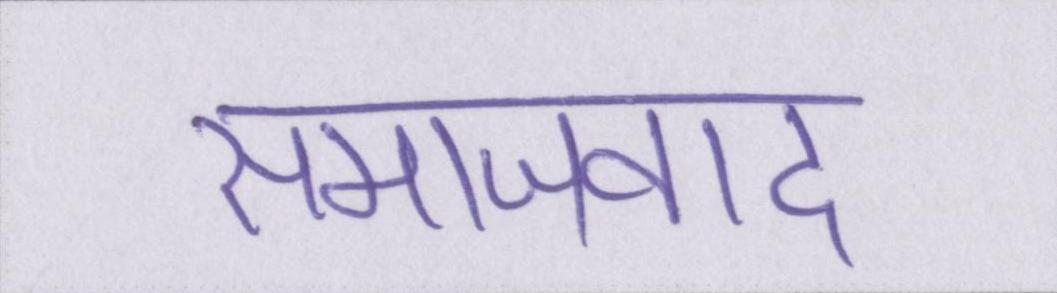
समाजवाद